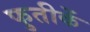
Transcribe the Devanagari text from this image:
फुतीकें